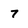
Character: 7